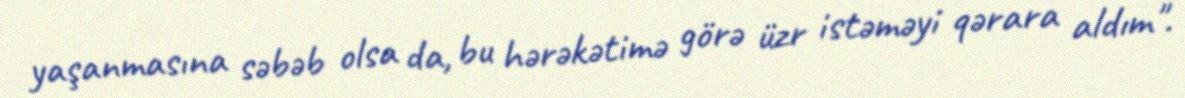
yaşanmasına səbəb olsa da, bu hərəkətimə görə üzr istəməyi qərara aldım".